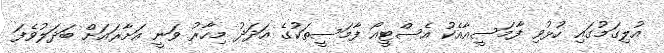
އުލިގަމުގައި ހުޅުވި ފާމަސީއާއެކު އެސްޓީއޯ ފާމަސީތަކުގެ އަދަދު މިހާރު ވަނީ އަށާރައަށް ބަދަލުވެފަ